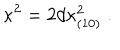
\kappa ^ { 2 } = 2 d \kappa _ { ( 1 0 ) } ^ { 2 } \; .